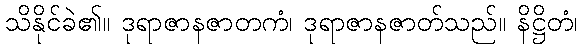
သိနိုင်ခဲ၏။ ဒုရာဇာနဇာတကံ၊ ဒုရာဇာနဇာတ်သည်။ နိဋ္ဌိတံ၊